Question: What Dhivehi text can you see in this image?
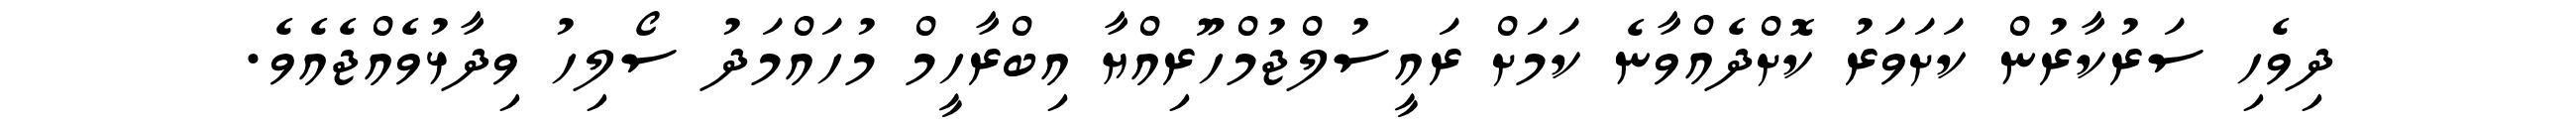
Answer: ދިވެހި ސަރުކާރުން ކަށަވަރު ކޮށްދެއްވާނެ ކަމަށް ރައީސުލްޖުމްހޫރިއްޔާ އިބްރާހީމް މުހައްމަދު ސޯލިހު ވިދާޅުވެއްޖެއެވެ.